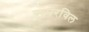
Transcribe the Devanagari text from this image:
समरविल